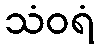
သံဝရံ